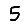
Digit: 5